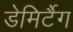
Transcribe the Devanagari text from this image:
डेमिर्टैग